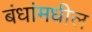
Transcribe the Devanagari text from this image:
बंधांमधील